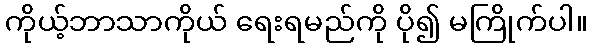
ကိုယ့်ဘာသာကိုယ် ရေးရမည်ကို ပို၍ မကြိုက်ပါ။